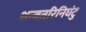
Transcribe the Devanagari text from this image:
धन्वतरिनिघंटु